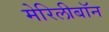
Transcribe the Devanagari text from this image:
मेरिलीबॉन